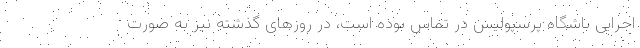
اجرایی باشگاه پرسپولیس در تماس بوده است، در روزهای گذشته نیز به صورت